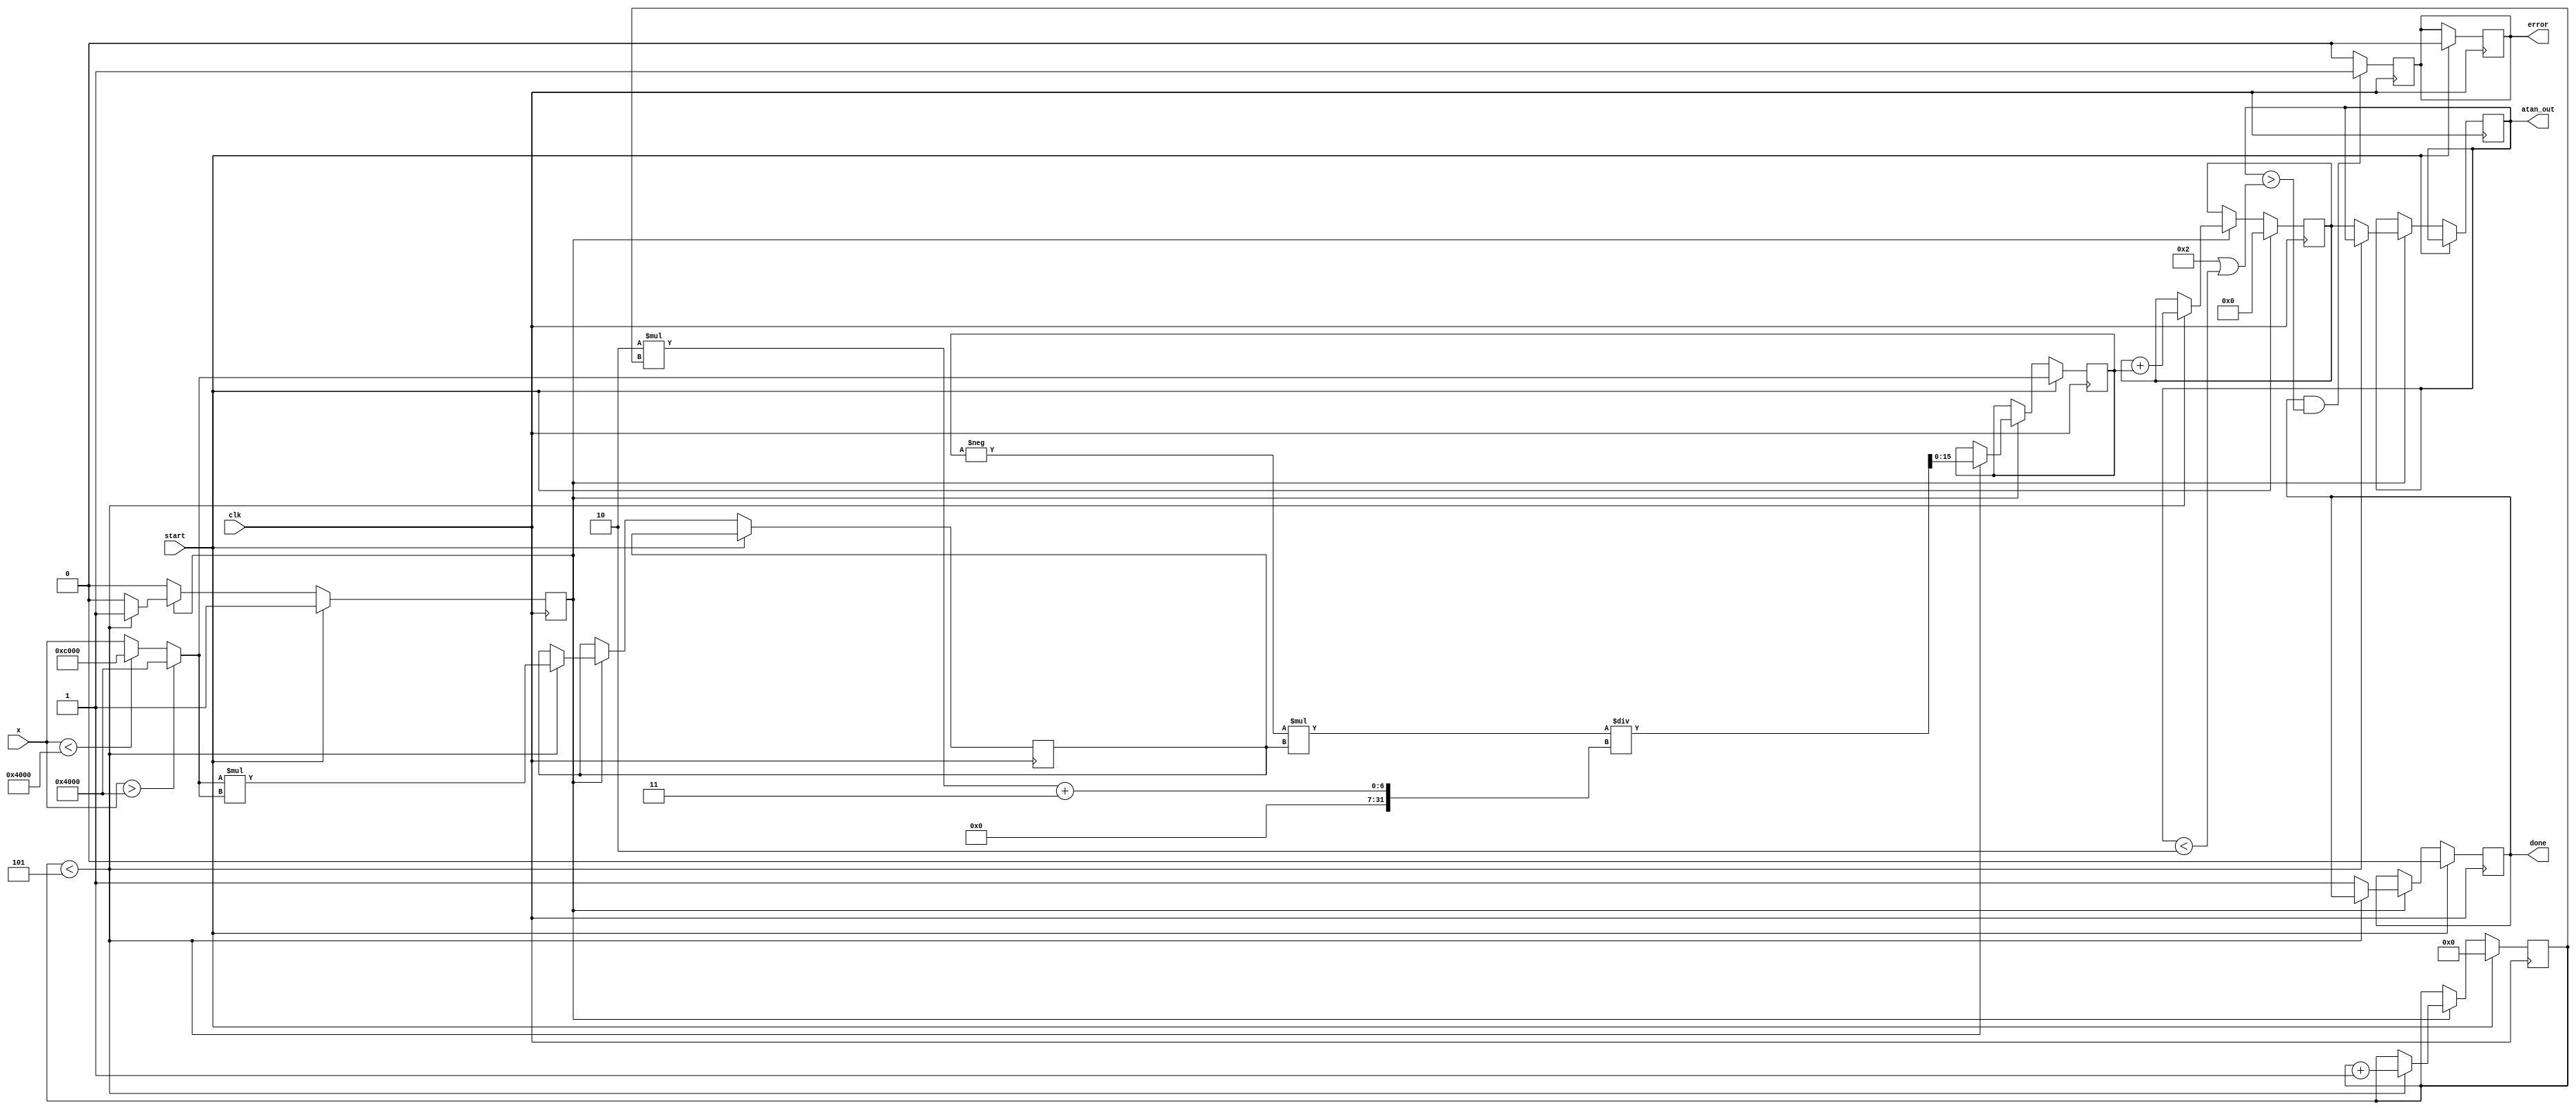
module atan_block #(
    parameter DATA_WIDTH = 16,
    parameter ITERATIONS = 5 // Number of terms in the Taylor series
)(
    input wire clk,
    input wire start,
    input wire signed [DATA_WIDTH-1:0] x, // Input value
    output reg signed [DATA_WIDTH-1:0] atan_out, // Output angle
    output reg done,
    output reg error
);

    reg signed [DATA_WIDTH-1:0] x_squared;
    reg signed [DATA_WIDTH-1:0] term;
    reg [3:0] count; // Counter for iterations
    reg signed [DATA_WIDTH-1:0] sum; // Accumulator for the series
    reg state; // State for processing

    localparam IDLE = 1'b0;
    localparam COMPUTE = 1'b1;

    // Normalize input (optional, depending on the expected input range)
    wire signed [DATA_WIDTH-1:0] normalized_x = (x > 1 << (DATA_WIDTH-2)) ? (1 << (DATA_WIDTH-2)) : (x < -(1 << (DATA_WIDTH-2)) ? -(1 << (DATA_WIDTH-2)) : x);

    always @(posedge clk) begin
        if (start) begin
            // Initialize variables
            sum <= 0;
            term <= normalized_x; // First term of the series
            count <= 0;
            done <= 0;
            error <= 0;
            state <= COMPUTE;
        end else if (state == COMPUTE) begin
            // Compute the Taylor series terms
            if (count < ITERATIONS) begin
                // Add the current term to the sum
                sum <= sum + term;

                // Calculate the next term in the series
                x_squared <= normalized_x * normalized_x; // x^2
                term <= -term * x_squared / (2 * count + 3); // Next term: -x^3/3, x^5/5, etc.
                count <= count + 1;
            end else begin
                // Finished computation
                atan_out <= sum;
                done <= 1;
                state <= IDLE;
            end
        end
    end

    // Error handling (optional)
    always @(posedge clk) begin
        if (done && (atan_out > (3.14159 / 2 || atan_out < -(3.14159 / 2))) ) begin
            error <= 1; // Output out of range
        end else begin
            error <= 0;
        end
    end

endmodule